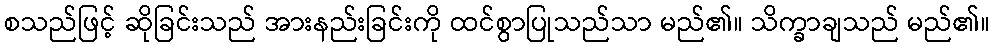
စသည်ဖြင့် ဆိုခြင်းသည် အားနည်းခြင်းကို ထင်စွာပြုသည်သာ မည်၏။ သိက္ခာချသည် မည်၏။